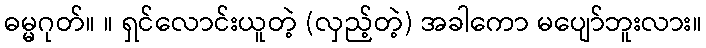
ဓမ္မဂုတ်။ ။ ရှင်လောင်းယူတဲ့ (လှည့်တဲ့) အခါကော မပျော်ဘူးလား။